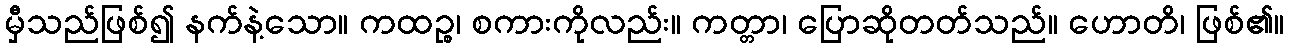
မှီသည်ဖြစ်၍ နက်နဲ့သော။ ကထဉ္စ၊ စကားကိုလည်း။ ကတ္တာ၊ ပြောဆိုတတ်သည်။ ဟောတိ၊ ဖြစ်၏။